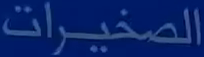
الصخيرات